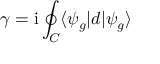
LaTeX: \gamma = \mathrm { i } \oint _ { C } \langle \psi _ { g } | d | { \psi } _ { g } \rangle